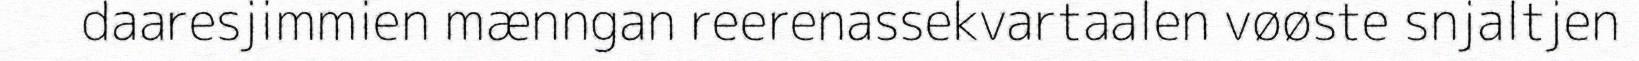
daaresjimmien mænngan reerenassekvartaalen vøøste snjaltjen